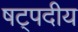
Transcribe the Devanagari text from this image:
षट्पदीय